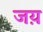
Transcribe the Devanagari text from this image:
जय़